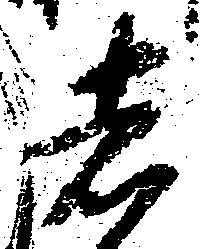
者